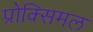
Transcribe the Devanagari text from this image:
प्रोक्सिमल